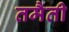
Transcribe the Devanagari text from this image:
तमैती